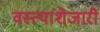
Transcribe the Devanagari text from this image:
वस्त्यांशेजारी